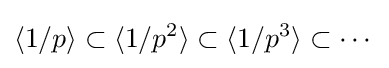
\langle 1/p\rangle \subset \langle 1/p^{2}\rangle \subset \langle 1/p^{3}\rangle \subset \cdots